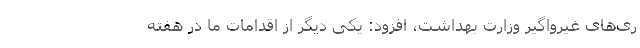
ری‌های غیرواگیر وزارت بهداشت، افزود: یکی دیگر از اقدامات ما در هفته